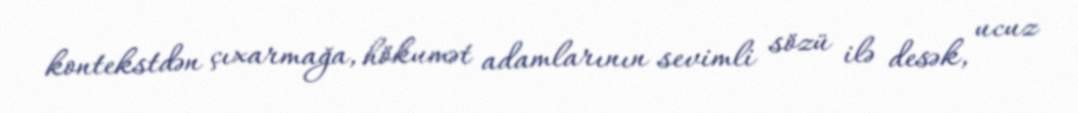
kontekstdən çıxarmağa, hökumət adamlarının sevimli sözü ilə desək, ucuz